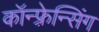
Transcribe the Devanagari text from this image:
कॉन्फ़्रेन्सिंग